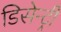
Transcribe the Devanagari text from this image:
डिसेन्ट्री